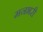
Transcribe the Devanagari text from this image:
मनभरी